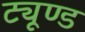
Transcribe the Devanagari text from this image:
ट्यूण्ड